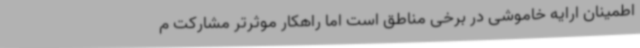
اطمینان ارایه خاموشی در برخی مناطق است اما راهکار موثرتر مشارکت م